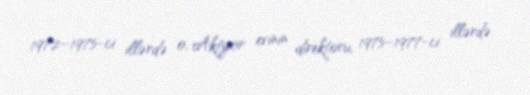
1972–1975-ci illərdə o, Aktyor evinin direktoru, 1975–1977-ci illərdə